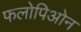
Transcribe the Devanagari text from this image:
फलोपिओन